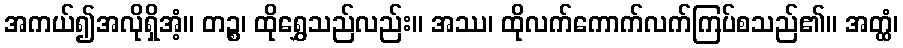
အကယ်၍အလိုရှိအံ့။ တဉ္စ၊ ထိုရွှေသည်လည်း။ အဿ၊ ထိုလက်ကောက်လက်ကြပ်စသည်၏။ အတ္ထံ၊